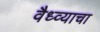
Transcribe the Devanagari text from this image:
वैध्व्याचा